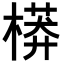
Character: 𣙷